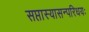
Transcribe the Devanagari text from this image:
सप्तास्यासन्परिधयः